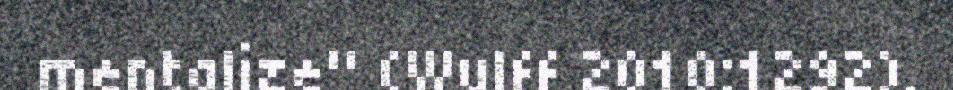
mentalize" (Wulff 2010:1292).